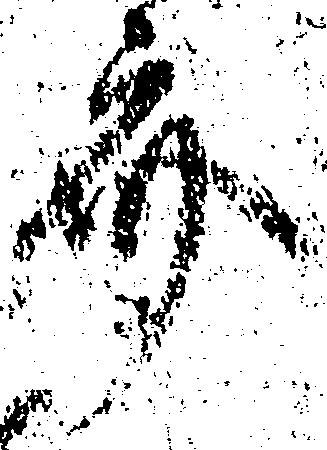
斎